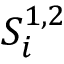
{ S _ { i } ^ { 1 , 2 } }